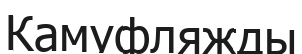
Камуфляжды